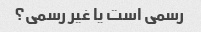
رسمی است یا غیر رسمی؟